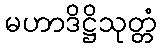
မဟာဒိဋ္ဌိသုတ္တံ